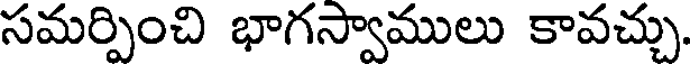
సమర్పించి భాగస్వాములు కావచ్చు.